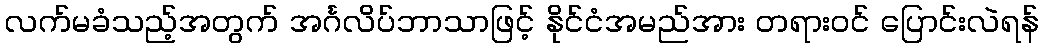
လက်မခံသည့်အတွက် အင်္ဂလိပ်ဘာသာဖြင့် နိုင်ငံအမည်အား တရားဝင် ပြောင်းလဲရန်